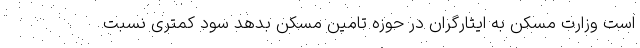
است وزارت مسکن به ایثارگران در حوزه تامین مسکن بدهد سود کمتری نسبت